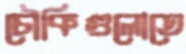
চৌকিগুলোতে